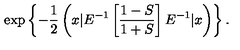
\exp \left\{ { - \frac { 1 } { 2 } \left( x | E ^ { - 1 } \left[ \frac { 1 - S } { 1 + S } \right] E ^ { - 1 } | x \right) } \right\} .